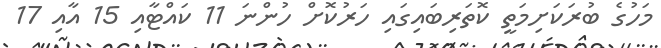
މަހުގެ ބުރަކަށިމަތީ ކޮތަރިބައިގައި ހަރުކޮށް ހުންނަ 11 ކައްޓާއި 15 އާއި 17